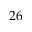
2 6